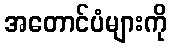
အတောင်ပံများကို